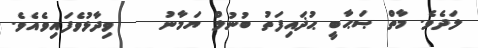
ލަދެވެ. މާތް ޞަޙާބީ ޙުޛައިފަތު ބުނުލް ޔަމާނު    ވިދާޅުވެފައިވެއެވެ.